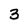
Character: 3